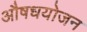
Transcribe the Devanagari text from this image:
औषधयोजन